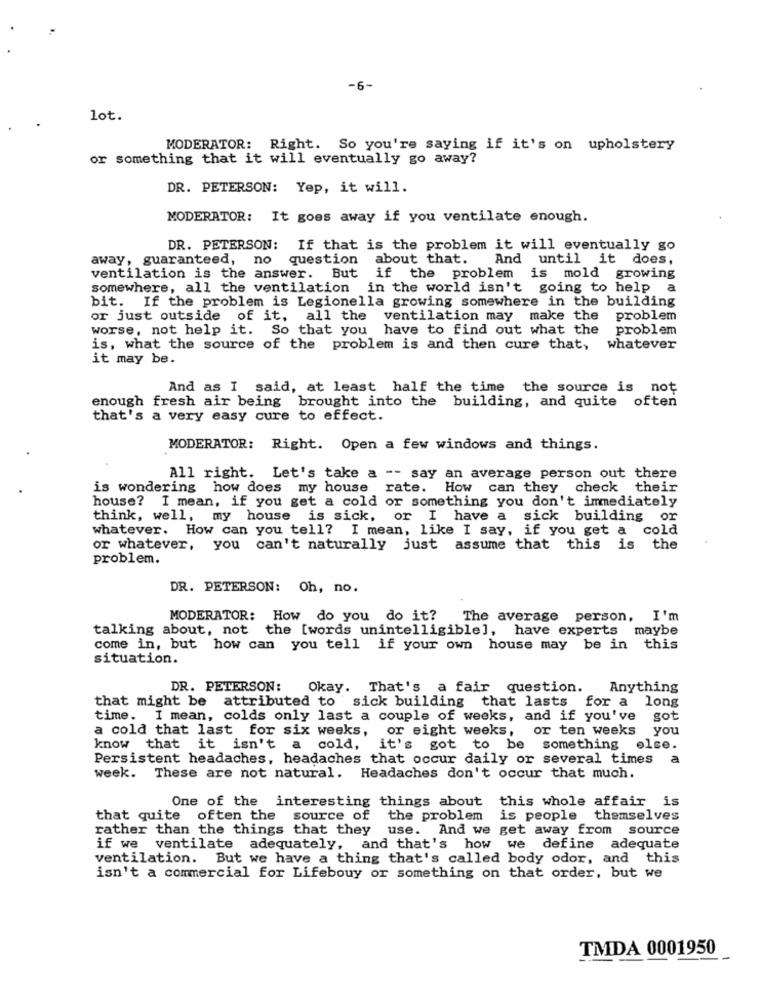
-6-
lot.
MODERATOR: Right. So you're saying if it's on upholstery
or something that it will eventually go away?
DR. PETERSON: Yep, it will.
MODERATOR: It goes away if you ventilate enough.
DR. PETERSON: If that is the problem it will eventually go
away, guaranteed,
question about that. And until it does,
ventilation is the answer. But if the problem is mold growing
somewhere, all the ventilation in the world isn't going to help a
bit. If the problem is Legionella growing somewhere in the building
or just outside of it, all the ventilation may make the problem
worse, not help it. So that you have to find out what the problem
is, what the source of the problem is and then cure that, whatever
it may be.
And as I said, at least half the time the source is not
enough fresh air being brought into the building, and quite often
that's a very easy cure to effect.
MODERATOR: Right. Open a few windows and things.
All right. Let's take a -- say an average person out there
is wondering how does my house rate. How can they check their
house? I mean, if you get a cold or something you don't immediately
think, well, my house is sick, or I have a sick building or
whatever. How can you tell? I mean, like I say, if you get a cold
or whatever, you can't naturally just assume that this is the
problem.
DR. PETERSON: Oh, no.
MODERATOR: How do you do it?
The average person, I'm
talking about, not the [words unintelligible], have experts maybe
come in, but how can you tell if your own house may be in this
situation.
DR. PETERSON:
Okay. That's a fair question.
Anything
that might be attributed to sick building that lasts for a long
time. I mean, colds only last a couple of weeks, and if you've
got
a cold that last for six weeks, or eight weeks, or ten weeks
you
know that it isn't a cold, it's got to be something else.
Persistent headaches, headaches that occur daily or several times a
week. These are not natural. Headaches don't occur that much.
One of the interesting things about this whole affair is
that quite often the source of the problem is people themselves
rather than the things that they use. And we get away from source
if we ventilate adequately, and that's how we define adequate
ventilation. But we have a thing that's called body odor, and this
isn't a commercial for Lifebouy or something on that order, but we
TMDA 0001950